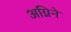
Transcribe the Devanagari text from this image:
अग्निने